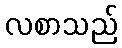
လစာသည်